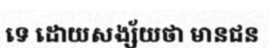
ទេ ដោយសង្ស័យថា មានជន